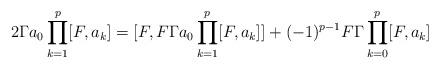
LaTeX: \begin{align*}2\Gamma a_0\prod_{k=1}^p[F,a_k]=[F,F\Gamma a_0\prod_{k=1}^p[F,a_k]]+(-1)^{p-1}F\Gamma\prod_{k=0}^p[F,a_k]\end{align*}